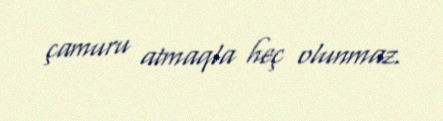
çamuru atmaqla heç olunmaz.